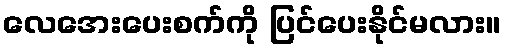
လေအေးပေးစက်ကို ပြင်ပေးနိုင်မလား။